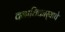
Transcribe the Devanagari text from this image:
वनाधिकार्‍याचे